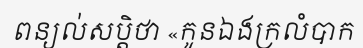
ពន្យល់សប្តិថា «កូនឯងក្រលំបាក